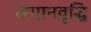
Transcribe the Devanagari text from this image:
लगानवृद्धि